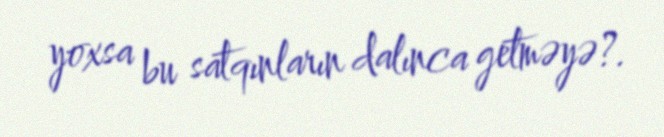
yoxsa bu satqınların dalınca getməyə?.